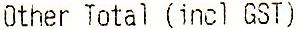
OTHER TOTAL (INCL GST)